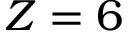
Z = 6